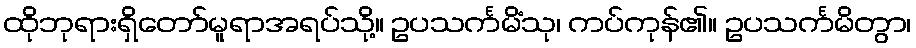
ထိုဘုရားရှိတော်မူရာအရပ်သို့။ ဥပသင်္ကမိံသု၊ ကပ်ကုန်၏။ ဥပသင်္ကမိတွာ၊